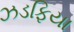
ઝડફિયા